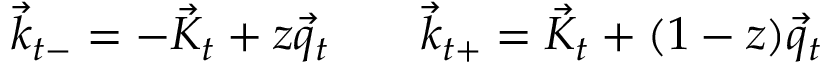
\vec { k } _ { t - } = - \vec { K } _ { t } + z \vec { q } _ { t } \; \; \; \; \; \; \; \vec { k } _ { t + } = \vec { K } _ { t } + ( 1 - z ) \vec { q } _ { t }